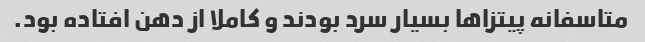
متاسفانه پیتزاها بسیار سرد بودند و کاملا از دهن افتاده بود.